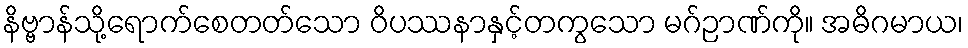
နိဗ္ဗာန်သို့ရောက်စေတတ်သော ဝိပဿနာနှင့်တကွသော မဂ်ဉာဏ်ကို။ အဓိဂမာယ၊